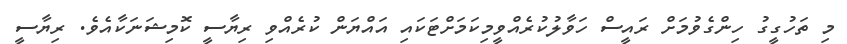
މި ތަހުގީގު ހިންގެވުމަށް ރައީސް ހަވާލުކުރެއްވީމިކަމަށްޓަކައި އައްޔަން ކުރެއްވި ރިޔާސީ ކޮމިޝަނަކާއެވެ. ރިޔާސީ